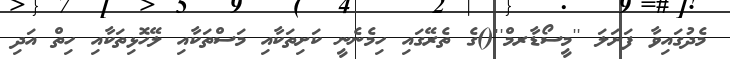
މެދުގައިވާ ފަށަލަ ''މީސޯޑާރމް''()ގެ ތެރޭގައި ހިމެނެނީ ކަށިތަކާއި މަސްތަކާއި ލޭހޮޅިތަކާއި ހިތް އަދި